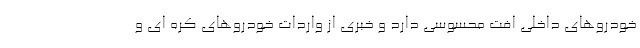
خودروهای داخلی افت محسوسی دارد و خبری از واردات خودروهای کره ای و